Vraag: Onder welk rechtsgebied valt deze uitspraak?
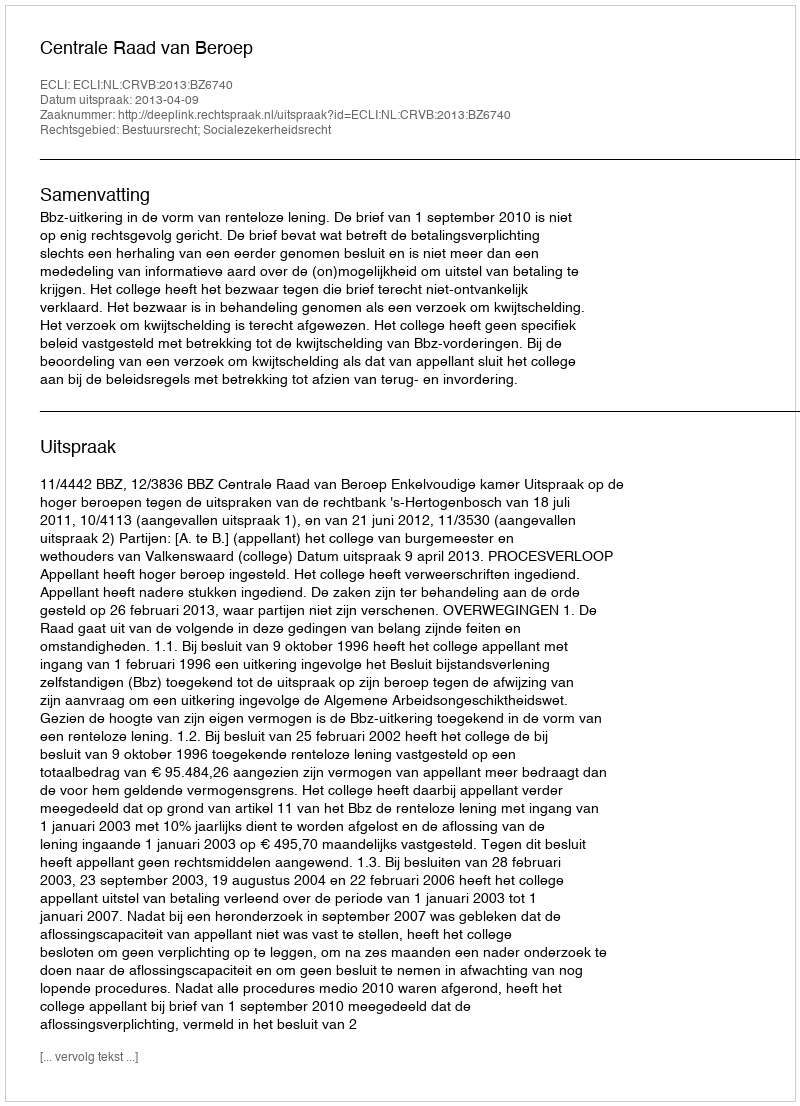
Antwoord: Bestuursrecht; Socialezekerheidsrecht